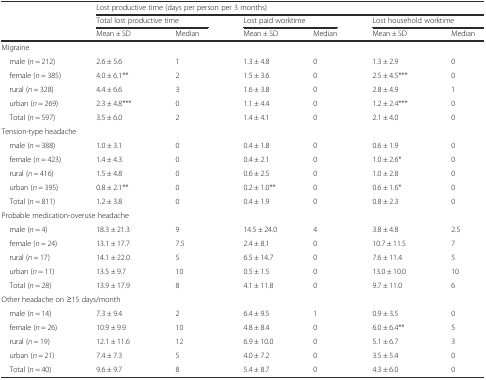
<table><thead><tr><td rowspan="3"></td><td colspan="6"><b>Lost productive time (days per person per 3 months)</b></td></tr><tr><td colspan="2"><b>Total lost productive time</b></td><td colspan="2"><b>Lost paid worktime</b></td><td colspan="2"><b>Lost household worktime</b></td></tr><tr><td><b>Mean ± SD</b></td><td><b>Median</b></td><td><b>Mean ± SD</b></td><td><b>Median</b></td><td><b>Mean ± SD</b></td><td><b>Median</b></td></tr></thead><tbody><tr><td colspan="7">Migraine</td></tr><tr><td> male (<i>n</i> = 212)</td><td>2.6 ± 5.6</td><td>1</td><td>1.3 ± 4.8</td><td>0</td><td>1.3 ± 2.9</td><td>0</td></tr><tr><td> female (<i>n</i> = 385)</td><td>4.0 ± 6.1**</td><td>2</td><td>1.5 ± 3.6</td><td>0</td><td>2.5 ± 4.5***</td><td>0</td></tr><tr><td> rural (<i>n</i> = 328)</td><td>4.4 ± 6.6</td><td>3</td><td>1.6 ± 3.8</td><td>0</td><td>2.8 ± 4.9</td><td>1</td></tr><tr><td> urban (<i>n</i> = 269)</td><td>2.3 ± 4.8***</td><td>0</td><td>1.1 ± 4.4</td><td>0</td><td>1.2 ± 2.4***</td><td>0</td></tr><tr><td> Total (<i>n</i> = 597)</td><td>3.5 ± 6.0</td><td>2</td><td>1.4 ± 4.1</td><td>0</td><td>2.1 ± 4.0</td><td>0</td></tr><tr><td colspan="7">Tension-type headache</td></tr><tr><td> male (<i>n</i> = 388)</td><td>1.0 ± 3.1</td><td>0</td><td>0.4 ± 1.8</td><td>0</td><td>0.6 ± 1.9</td><td>0</td></tr><tr><td> female (<i>n</i> = 423)</td><td>1.4 ± 4.3</td><td>0</td><td>0.4 ± 2.1</td><td>0</td><td>1.0 ± 2.6*</td><td>0</td></tr><tr><td> rural (<i>n</i> = 416)</td><td>1.5 ± 4.8</td><td>0</td><td>0.6 ± 2.5</td><td>0</td><td>1.0 ± 2.8</td><td>0</td></tr><tr><td> urban (<i>n</i> = 395)</td><td>0.8 ± 2.1**</td><td>0</td><td>0.2 ± 1.0**</td><td>0</td><td>0.6 ± 1.6*</td><td>0</td></tr><tr><td> Total (<i>n</i> = 811)</td><td>1.2 ± 3.8</td><td>0</td><td>0.4 ± 1.9</td><td>0</td><td>0.8 ± 2.3</td><td>0</td></tr><tr><td colspan="7">Probable medication-overuse headache</td></tr><tr><td> male (<i>n</i> = 4)</td><td>18.3 ± 21.3</td><td>9</td><td>14.5 ± 24.0</td><td>4</td><td>3.8 ± 4.8</td><td>2.5</td></tr><tr><td> female (<i>n</i> = 24)</td><td>13.1 ± 17.7</td><td>7.5</td><td>2.4 ± 8.1</td><td>0</td><td>10.7 ± 11.5</td><td>7</td></tr><tr><td> rural (<i>n</i> = 17)</td><td>14.1 ± 22.0</td><td>5</td><td>6.5 ± 14.7</td><td>0</td><td>7.6 ± 11.4</td><td>5</td></tr><tr><td> urban (<i>n</i> = 11)</td><td>13.5 ± 9.7</td><td>10</td><td>0.5 ± 1.5</td><td>0</td><td>13.0 ± 10.0</td><td>10</td></tr><tr><td> Total (<i>n</i> = 28)</td><td>13.9 ± 17.9</td><td>8</td><td>4.1 ± 11.8</td><td>0</td><td>9.7 ± 11.0</td><td>6</td></tr><tr><td colspan="7">Other headache on ≥15 days/month</td></tr><tr><td> male (<i>n</i> = 14)</td><td>7.3 ± 9.4</td><td>2</td><td>6.4 ± 9.5</td><td>1</td><td>0.9 ± 3.5</td><td>0</td></tr><tr><td> female (<i>n</i> = 26)</td><td>10.9 ± 9.9</td><td>10</td><td>4.8 ± 8.4</td><td>0</td><td>6.0 ± 6.4**</td><td>5</td></tr><tr><td> rural (<i>n</i> = 19)</td><td>12.1 ± 11.6</td><td>12</td><td>6.9 ± 10.0</td><td>0</td><td>5.1 ± 6.7</td><td>3</td></tr><tr><td> urban (<i>n</i> = 21)</td><td>7.4 ± 7.3</td><td>5</td><td>4.0 ± 7.2</td><td>0</td><td>3.5 ± 5.4</td><td>0</td></tr><tr><td> Total (<i>n</i> = 40)</td><td>9.6 ± 9.7</td><td>8</td><td>5.4 ± 8.7</td><td>0</td><td>4.3 ± 6.0</td><td>0</td></tr></tbody></table>